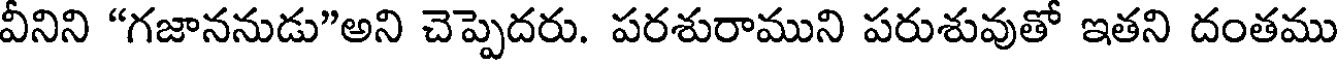
వీనిని "గజాననుడు"అని చెప్పెదరు. పరశురాముని పరుశువుతో ఇతని దంతము